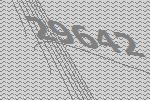
29642